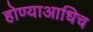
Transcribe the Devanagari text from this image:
होण्याआधिच